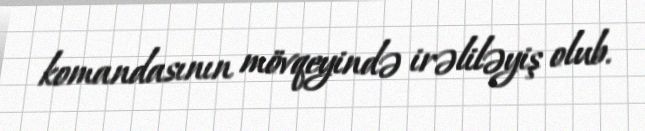
komandasının mövqeyində irəliləyiş olub.